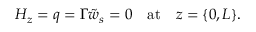
H _ { z } = q = \Gamma \tilde { w } _ { s } = 0 \quad \mathrm { a t } \quad z = \{ 0 , L \} .